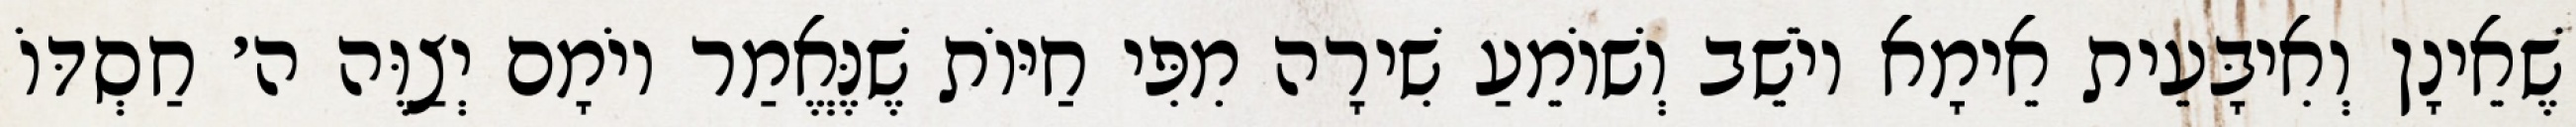
שֶׁאֵינָן וְאִיבָּעֵית אֵימָא יוֹשֵׁב וְשׁוֹמֵעַ שִׁירָה מִפִּי חַיּוֹת שֶׁנֶּאֱמַר יוֹמָם יְצַוֶּה ה׳ חַסְדּוֹ